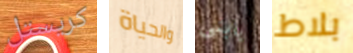
كريستل والحياة يابنى بلاط